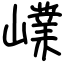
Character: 嶫